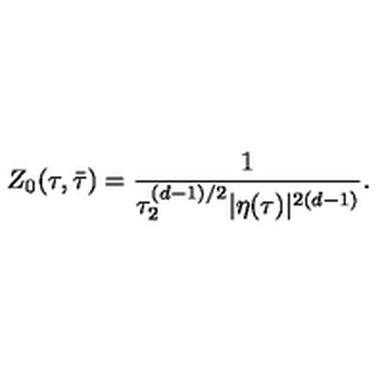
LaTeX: Z _ { 0 } ( \tau , \bar { \tau } ) = \frac { 1 } { \tau _ { 2 } ^ { ( d - 1 ) / 2 } | \eta ( \tau ) | ^ { 2 ( d - 1 ) } } .